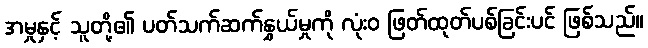
အမှုနှင့် သူတို့၏ ပတ်သက်ဆက်နွှယ်မှုကို လုံးဝ ဖြတ်ထုတ်ပစ်ခြင်းပင် ဖြစ်သည်။